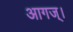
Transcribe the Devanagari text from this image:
आगज्।